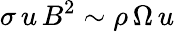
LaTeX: \sigma\, u\, B^{2}\sim\rho\, \Omega\, u